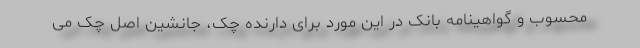
محسوب و گواهینامه بانک در این مورد برای دارنده چک، جانشین اصل چک می